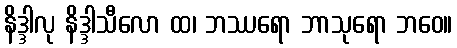
နိဒ္ဒါလု နိဒ္ဒါသီလော ထ၊ ဘဿရော ဘာသုရော ဘဝေ။